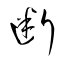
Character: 断